Report of the Indian Hemp Drugs Commission, 1894-1895 - Volume VI
Year: 1894
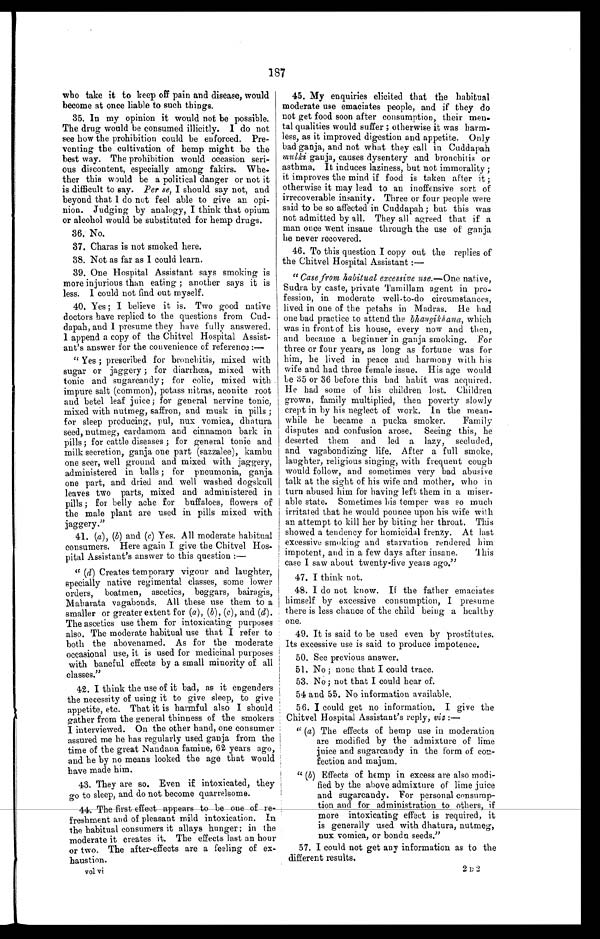
187
who take it to keep off pain and disease, would
become at once liable to such things.
35. In my opinion it would not be possible.
The drug would be consumed illicitly. I do not
see how the prohibition could be enforced. Pre--
venting the cultivation of hemp might be the
best way. The prohibition would occasion seri--
ous discontent, especially among fakirs. Whe--
ther this would be a political danger or not it
is difficult to say. Per se, I should say not, and
beyond that I do not feel able to give an opi--
nion. Judging by analogy, I think that opium
or alcohol would be substituted for hemp drugs.
36. No.
37. Charas is not smoked here.
38. Not as far as I could learn.
39. One Hospital Assistant says smoking is
more injurious than eating; another says it is
less. I could not find out myself.
40. Yes; I believe it is. Two good native
doctors have replied to the questions from Cud-
dapah, and I presume they have fully answered.
I append a copy of the Chitvel Hospital Assist-
ant's answer for the convenience of reference
: - -
"Yes; prescribed for bronchitis, mixed with
sugar or jaggery; for diarrhœa, mixed with
tonic and sugarcandy; for colic, mixed with
impure salt (common), potass nitras, aconite root
and betel leaf juice; for general nervine tonic,
mixed with nutmeg, saffron, and musk in pills;
for sleep producing, pul, nux vomica, dhatura
seed, nutmeg, cardamom and cinnamon bark in
pills; for cattle diseases; for general tonic and
milk secretion, ganja one part (sazzalee), kambu
one seer, well ground and mixed with jaggery,
administered in balls; for pneumonia, ganja
one part, and dried and well washed dogskull
leaves two parts, mixed and administered in
pills; for belly ache for buffaloes, flowers of
the male plant are used in pills mixed with
jaggery."
41. (a), (b) and (c) Yes. All moderate habitual
consumers. Here again I give the Chitvel Hos--
pital Assistant's answer to this question:—
" (d) Creates temporary vigour and laughter,
specially native regimental classes, some lower
orders, boatmen, ascetics, beggars, bairagis,
Maharata vagabonds. All these use them to a
smaller or greater extent for (a), (b), (c), and (d).
The ascetics use them for intoxicating purposes
also. The moderate habitual use that I refer to
both the abovenamed. As for the moderate
occasional use, it is used for medicinal purposes
with baneful effects by a small minority of all
classes."
42. I think the use of it bad, as it engenders
the necessity of using it to give sleep, to give
appetite, etc. That it is harmful also I should
gather from the general thinness of the smokers
I interviewed. On the other hand, one consumer
assured me he has regularly used ganja from the
time of the great Nandana famine, 62 years ago,
and he by no means looked the age that would
have made him.
43. They are so. Even if intoxicated, they
go to sleep, and do not become quarrelsome.
44. The first effect appears to be one of re-
freshment and of pleasant mild intoxication. In
the habitual consumers it allays hunger; in the
moderate it creates it. The effects last an hour
or two. The after-effects are a feeling of ex--
haustion.
vol vi
45. My enquiries elicited that the habitual
moderate use emaciates people, and if they do
not get food soon after consumption, their men
-tal qualities would suffer; otherwise it was harm--
less, as it improved digestion and appetite. Only
bad ganja, and not what they call in Cuddapah
mulki ganja, causes dysentery and bronchitis or
asthma. It induces laziness, but not immorality;
it improves the mind if food is taken after it;
otherwise it may lead to an inoffensive sort of
irrecoverable insanity. Three or four people were
said to be so affected in Cuddapah; but this was
not admitted by all. They all agreed that if a
man once went insane through the use of ganja
he never recovered.
46. To this question I copy out the replies of
the Chitvel Hospital Assistant:—
" Case from habitual excessive use.— One native,
Sudra by caste, private Tamillam agent in pro--
fession, in moderate well-to-do circumstances,
lived in one of the petahs in Madras. He had
one bad practice to attend the bhangikhana, which
was in front of his house, every now and then,
and became a beginner in ganja smoking. For
three or four years, as long as fortune was for
him, he lived in peace and harmony with his
wife and had three female issue. His age would
be 35 or 36 before this bad habit was acquired.
He had some of his children lost. Children
grown, family multiplied, then poverty slowly
crept in by his neglect of work. In the mean-
-while he became a pucka smoker. Family
disputes and confusion arose. Seeing this, he
deserted them and led a lazy, secluded,
and vagabondizing life. After a full smoke,
laughter, religious singing, with frequent cough
would follow, and sometimes very bad abusive
talk at the sight of his wife and mother, who in
turn abused him for having left them in a miser--
able state. Sometimes his temper was so much
irritated that he would pounce upon his wife with
an attempt to kill her by biting her throat. This
showed a tendency for homicidal frenzy. At last
excessive smoking and starvation rendered him
impotent, and in a few days after insane.
This
case I saw about twenty-five years ago."
47. I think not.
48. I do not know. If the father emaciates
himself by excessive consumption, I presume
there is less chance of the child being a healthy
one.
49. It is said to be used even by prostitutes.
Its excessive use is said to produce impotence.
50. See previous answer.
51. No; none that I could trace.
53. No; not that I could hear of.
54 and 55. No information available.
56. I could get no information. I give the
Chitvel Hospital Assistant's reply, viz:—
"(a) The effects of hemp use in moderation
are modified by the admixture of lime
juice and sugarcandy in the form of con--
fection and majum.
"(b) Effects of hemp in excess are also modi--
fied by the above admixture of lime juice
and sugarcandy. For personal consump-
tion and for administration to others, if
more intoxicating effect is required, it
is generally used with dhatura, nutmeg,
n u x v o m i c a , o r b o n d a s e e d s . "
57. I could not get any information as to the
different results.
2 D 2